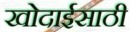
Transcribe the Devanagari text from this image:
खोदाईसाठी